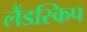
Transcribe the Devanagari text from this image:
लैंडस्किप